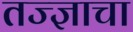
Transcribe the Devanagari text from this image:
तज्ज्ञाचा